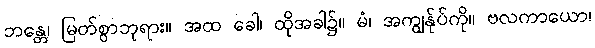
ဘန္တေ၊ မြတ်စွာဘုရား။ အထ ခေါ၊ ထိုအခါ၌။ မံ၊ အကျွန်ုပ်ကို။ ဗလကာယော၊